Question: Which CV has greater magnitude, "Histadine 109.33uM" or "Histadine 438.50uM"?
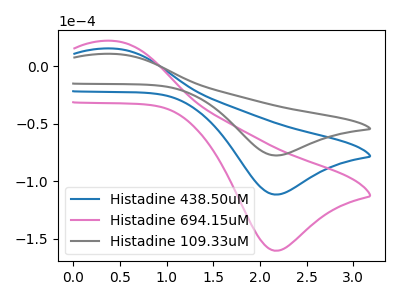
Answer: <think>The blue curve "Histadine 438.50uM" has an anodic peak at (0.45V, 15.20uA) and a cathodic peak at (2.20V, -111.50uA). The pink curve "Histadine 694.15uM" has an anodic peak at (0.45V, 30.35uA) and a cathodic peak at (2.20V, -223.05uA). The gray curve "Histadine 109.33uM" has an anodic peak at (0.45V, 10.55uA) and a cathodic peak at (2.20V, -77.60uA).
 All the peaks in "Histadine 109.33uM" have a peak in "Histadine 438.50uM" at the same potential. Every peak in "Histadine 109.33uM" is lower than every peak in "Histadine 438.50uM".</think>
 <answer>"Histadine 109.33uM" has less signal than "Histadine 438.50uM".</answer>
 <eval>less_signal</eval>